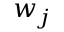
w _ { j }